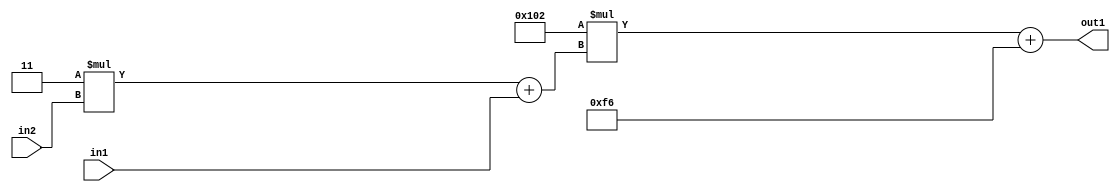
`timescale 1ps / 1ps
/*****************************************************************************
    Verilog RTL Description
    
    
    Created by: Stratus DpOpt 2019.1.01 
*******************************************************************************/

module DC_Filter_Add2i246Mul2i258Add2u1Mul2i3u2_4 (
	in2,
	in1,
	out1
	); /* architecture "behavioural" */ 
input [1:0] in2;
input  in1;
output [11:0] out1;
wire [11:0] asc001;
wire [3:0] asc002;

wire [3:0] asc002_tmp_0;
assign asc002_tmp_0 = 
	+(4'B0011 * in2);
assign asc002 = asc002_tmp_0
	+(in1);

wire [11:0] asc001_tmp_1;
assign asc001_tmp_1 = 
	+(12'B000100000010 * asc002);
assign asc001 = asc001_tmp_1
	+(12'B000011110110);

assign out1 = asc001;
endmodule

/* CADENCE  v7X0SAs= : u9/ySgnWtBlWxVPRXgAZ4Og= ** DO NOT EDIT THIS LINE ******/